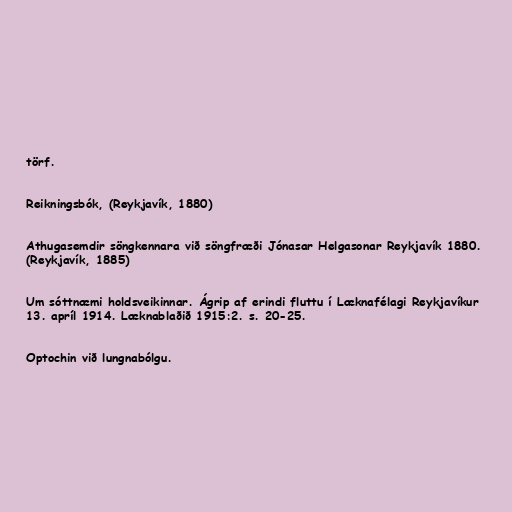
törf.

Reikningsbók, (Reykjavík, 1880)

Athugasemdir söngkennara við söngfræði Jónasar Helgasonar Reykjavík 1880.
(Reykjavík, 1885)

Um sóttnæmi holdsveikinnar. Ágrip af erindi fluttu í Læknafélagi Reykjavíkur
13. apríl 1914. Læknablaðið 1915:2. s. 20-25.

Optochin við lungnabólgu.